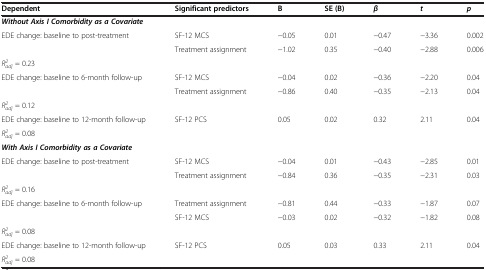
<table><thead><tr><td><b>Dependent</b></td><td><b>Significant predictors</b></td><td><b>B</b></td><td><b>SE (B)</b></td><td><b><i>β</i></b></td><td><b><i>t</i></b></td><td><b><i>p</i></b></td></tr></thead><tbody><tr><td colspan="7"><b><i>Without Axis I Comorbidity as a Covariate</i></b></td></tr><tr><td>EDE change: baseline to post-treatment</td><td>SF-12 MCS</td><td>−0.05</td><td>0.01</td><td>−0.47</td><td>−3.36</td><td>0.002</td></tr><tr><td> </td><td>Treatment assignment</td><td>−1.02</td><td>0.35</td><td>−0.40</td><td>−2.88</td><td>0.006</td></tr><tr><td colspan="7"><i>R</i><sup><i>2</i></sup><sub><i>adj</i></sub> = 0.23</td></tr><tr><td>EDE change: baseline to 6-month follow-up</td><td>SF-12 MCS</td><td>−0.04</td><td>0.02</td><td>−0.36</td><td>−2.20</td><td>0.04</td></tr><tr><td> </td><td>Treatment assignment</td><td>−0.86</td><td>0.40</td><td>−0.35</td><td>−2.13</td><td>0.04</td></tr><tr><td colspan="7"><i>R</i><sup><i>2</i></sup><sub><i>adj</i></sub> = 0.12</td></tr><tr><td>EDE change: baseline to 12-month follow-up</td><td>SF-12 PCS</td><td>0.05</td><td>0.02</td><td>0.32</td><td>2.11</td><td>0.04</td></tr><tr><td colspan="7"><i>R</i><sup><i>2</i></sup><sub><i>adj</i></sub> = 0.08</td></tr><tr><td colspan="7"><b><i>With Axis I Comorbidity as a Covariate</i></b></td></tr><tr><td>EDE change: baseline to post-treatment</td><td>SF-12 MCS</td><td>−0.04</td><td>0.01</td><td>−0.43</td><td>−2.85</td><td>0.01</td></tr><tr><td> </td><td>Treatment assignment</td><td>−0.84</td><td>0.36</td><td>−0.35</td><td>−2.31</td><td>0.03</td></tr><tr><td colspan="7"><i>R</i><sup><i>2</i></sup><sub><i>adj</i></sub> = 0.16</td></tr><tr><td>EDE change: baseline to 6-month follow-up</td><td>Treatment assignment</td><td>−0.81</td><td>0.44</td><td>−0.33</td><td>−1.87</td><td>0.07</td></tr><tr><td> </td><td>SF-12 MCS</td><td>−0.03</td><td>0.02</td><td>−0.32</td><td>−1.82</td><td>0.08</td></tr><tr><td colspan="7"><i>R</i><sup><i>2</i></sup><sub><i>adj</i></sub> = 0.08</td></tr><tr><td>EDE change: baseline to 12-month follow-up</td><td>SF-12 PCS</td><td>0.05</td><td>0.03</td><td>0.33</td><td>2.11</td><td>0.04</td></tr><tr><td colspan="7"><i>R</i><sup><i>2</i></sup><sub><i>adj</i></sub> = 0.08</td></tr></tbody></table>